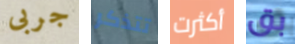
جربى تتذكر أكثرت بق